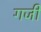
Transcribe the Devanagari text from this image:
गजी